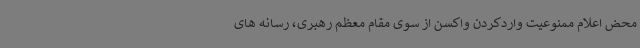
محض اعلام ممنوعیت واردکردن واکسن از سوی مقام معظم رهبری، رسانه های